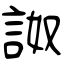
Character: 詉